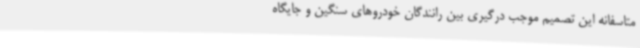
متاسفانه این تصمیم موجب درگیری بین رانندگان خودروهای سنگین و جایگاه